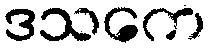
ဒသကေ